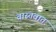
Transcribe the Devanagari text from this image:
वास्‍तवात